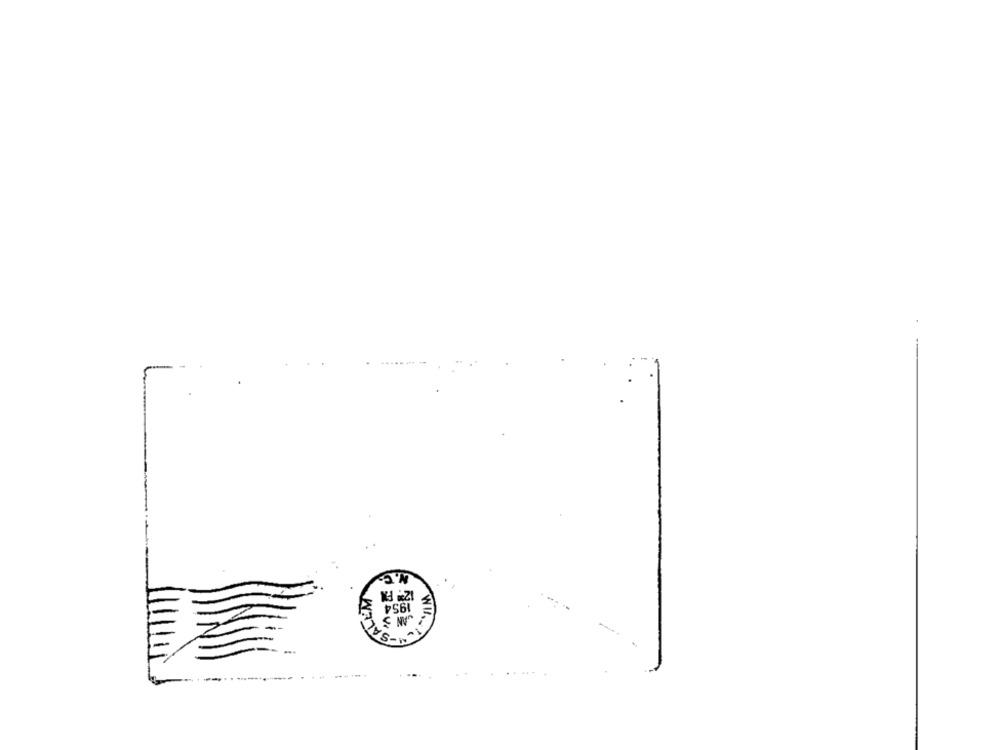
1954
W
va